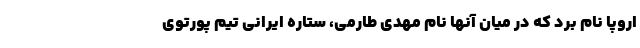
اروپا نام برد که در میان آنها نام مهدی طارمی، ستاره ایرانی تیم پورتوی